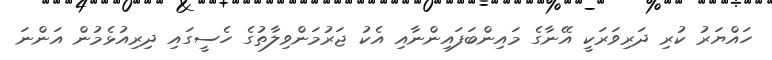
ހައްޔަރު ކުރި ދަރިވަރަކީ އޭނާގެ މައިންބަފައިންނާއި އެކު ޖަރުމަންވިލާތުގެ ހެސީގައި ދިރިއުޅެމުން އަންނަ